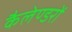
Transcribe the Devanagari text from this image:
कैलेण्डरों